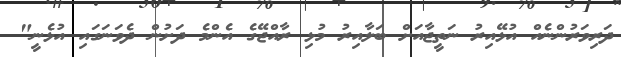
ދަރިވަރުންނެއް އުޅޭއިރު ނަތީޖާއަށް ބަލާއިރު މުޅި ރާއްޖޭގެ އެންމެ ދަށުން ދެވަނަގައި އުޅެނީ"